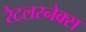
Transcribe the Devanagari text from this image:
रैटलस्नेक्स